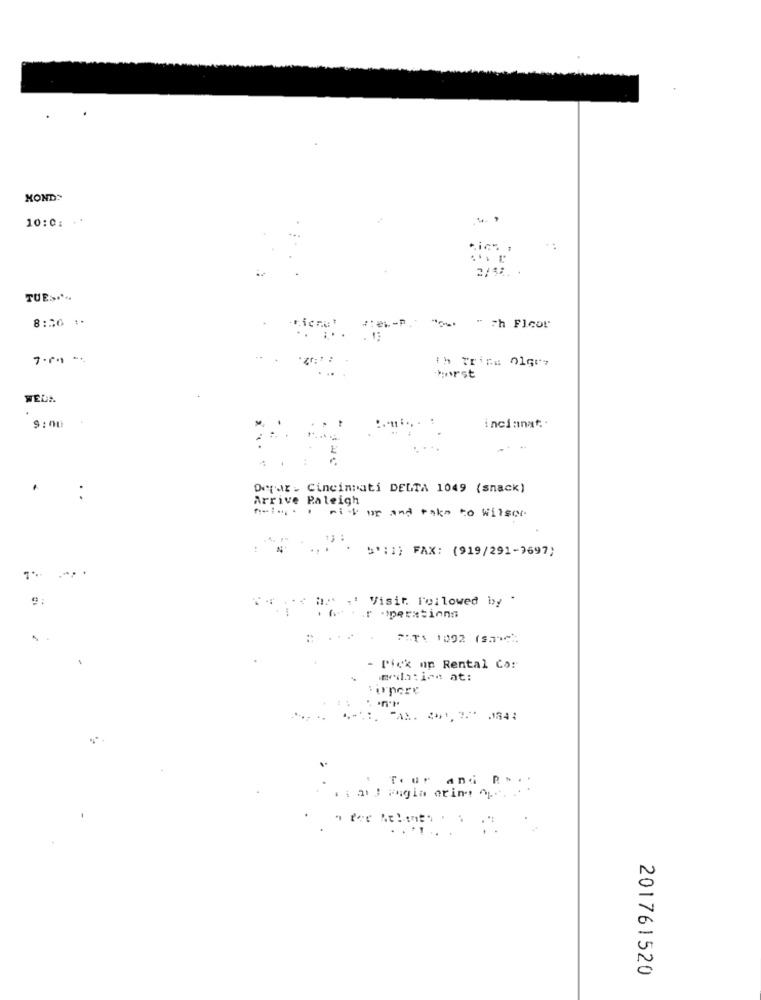
KOND:
10:0: **
2/5%. .
TUE> ...
8:20 :.
viene
horst
WEDA
9:00
incianat ..
Derar . Cincinnati DELTA 1049 (snack)
Arrive Raleigh
...... amikor and take to Wilser
5':1) FAX: (919/291-7697)
Visit. Followed byy
.r .mertinnn
FITA 1092 (S.1:
- Pick un Rental Co:
Tour
and P.
.i ail Fagia ering ^.
.. .
201761520